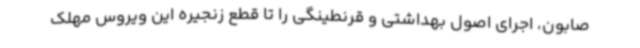
صابون، اجرای اصول بهداشتی و قرنطینگی را تا قطع زنجیره این ویروس مهلک